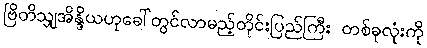
ဗြိတိသျှအိန္ဒိယဟုခေါ်တွင်လာမည့်တိုင်းပြည်ကြီး တစ်ခုလုံးကို